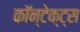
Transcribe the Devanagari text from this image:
कॉन्टेक्ट्स